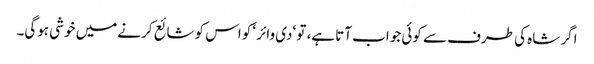
اگر شاہ کی طرف سے کوئی جواب آتا ہے، تو ‘دی وائر ‘ کواس کو شائع کرنے میں خوشی ہوگی۔